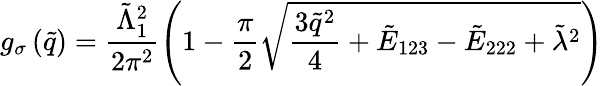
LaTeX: g_{\sigma}\left(\tilde{q}\right)=\frac{\tilde{\Lambda}_{1}^{2}}{2\pi^{2}}\left(1-\frac{\pi}{2}\sqrt{\frac{3\tilde{q}^{2}}{4}+\tilde{E}_{123}-\tilde{E}_{222}+\tilde{\lambda}^{2}}\right)